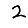
Digit: 2